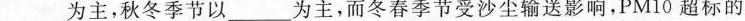
___为主，秋冬季节以___为主，而冬春季节受沙尘输送影响，PM10超标的